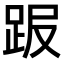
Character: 𧿸